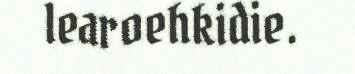
learoehkidie.